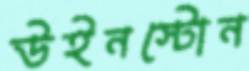
উইনস্টোন